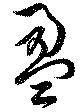
盈